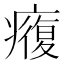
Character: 癁